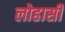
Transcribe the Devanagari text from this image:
लोहासी